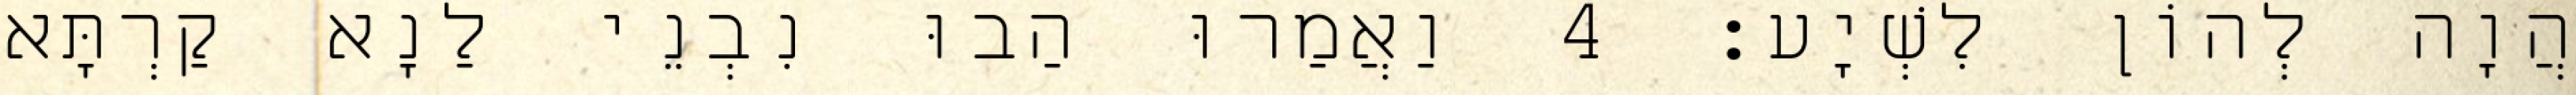
הֲוָה לְהוֹן לִשְׁיָע׃ 4 וַאֲמַרוּ הַבוּ נִבְנֵי לַנָא קַרְתָּא